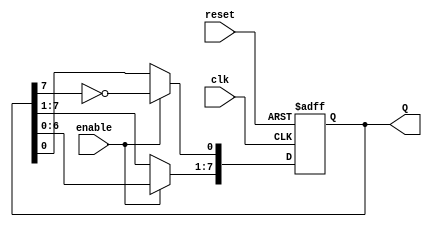
module JohnsonCounter (
    input wire clk,            // Clock signal
    input wire reset,          // Asynchronous reset signal
    input wire enable,         // Enable signal
    output reg [7:0] Q         // 8-bit output representing counter state
);

    always @(posedge clk or posedge reset) begin
        if (reset) begin
            Q <= 8'b00000000; // Initialize counter to 0 on reset
        end else if (enable) begin
            Q[0] <= ~Q[7];    // Feedback from Q7, inverted
            Q[7:1] <= Q[6:0]; // Shift operation
        end
    end

endmodule